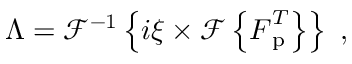
\boldsymbol { \Lambda } = \mathcal { F } ^ { - 1 } \left\{ i \boldsymbol { \xi } \times \mathcal { F } \left\{ \boldsymbol { F } _ { \mathrm { p } } ^ { T } \right\} \right\} \mathrm { ~ , ~ }